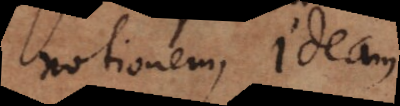
notionem, ideam